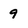
Character: 9